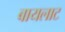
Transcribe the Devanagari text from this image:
बायलाट